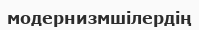
модернизмшілердің